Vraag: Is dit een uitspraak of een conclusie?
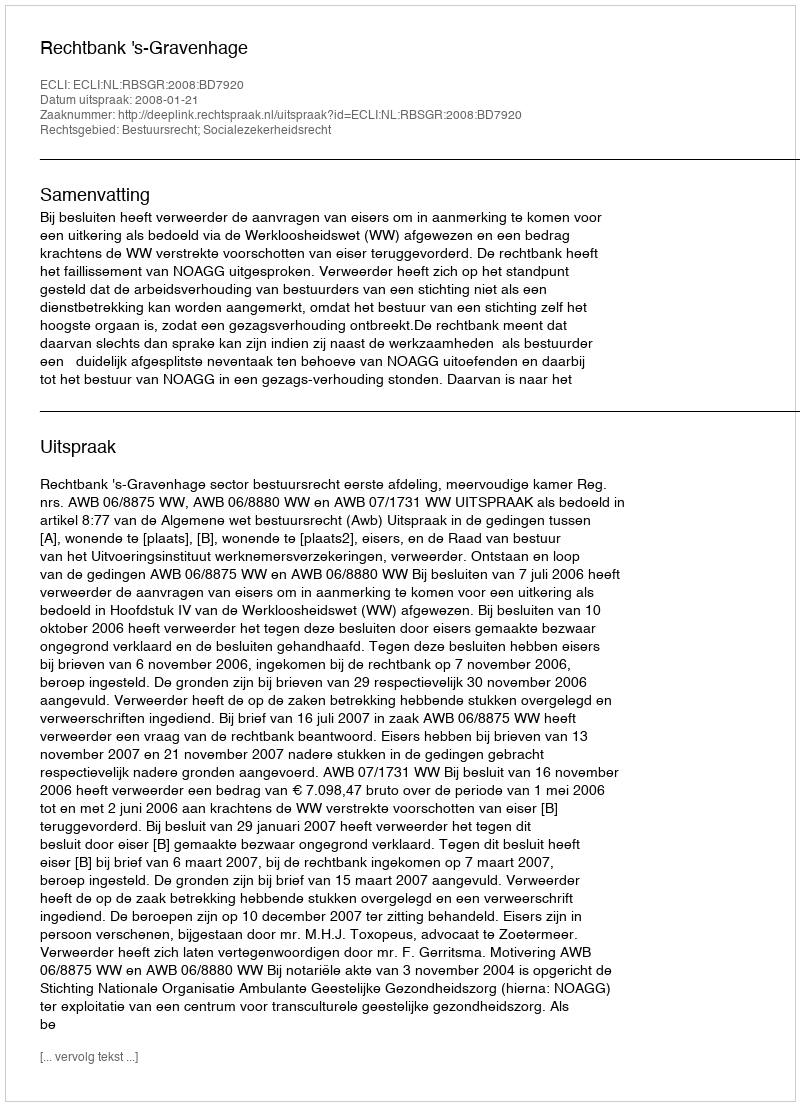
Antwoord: Uitspraak